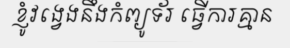
ខ្ញូំវង្វេងនឹងកំព្យូទ័រ ធ្វើការគ្មាន